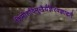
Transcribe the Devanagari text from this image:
किमीशविमुखैर्यज्ञैरवज्ञाद्दतै